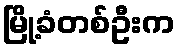
မြို့ခံတစ်ဦးက